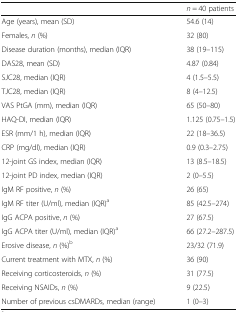
|  | n = 40 patients |
 | --- | --- |
 | Age (years), mean (SD) | 54.6 (14) |
 | Females, n (%) | 32 (80) |
 | Disease duration (months), median (IQR) | 38 (19–115) |
 | DAS28, mean (SD) | 4.87 (0.84) |
 | SJC28, median (IQR) | 4 (1.5–5.5) |
 | TJC28, median (IQR) | 8 (4–12.5) |
 | VAS PtGA (mm), median (IQR) | 65 (50–80) |
 | HAQ-DI, median (IQR) | 1.125 (0.75–1.5) |
 | ESR (mm/1 h), median (IQR) | 22 (18–36.5) |
 | CRP (mg/dl), median (IQR) | 0.9 (0.3–2.75) |
 | 12-joint GS index, median (IQR) | 13 (8.5–18.5) |
 | 12-joint PD index, median (IQR) | 2 (0–5.5) |
 | IgM RF positive, n (%) | 26 (65) |
 | IgM RF titer (U/ml), median (IQR)a | 85 (42.5–274) |
 | IgG ACPA positive, n (%) | 27 (67.5) |
 | IgG ACPA titer (U/ml), median (IQR)a | 66 (27.2–287.5) |
 | Erosive disease, n (%)b | 23/32 (71.9) |
 | Current treatment with MTX, n (%) | 36 (90) |
 | Receiving corticosteroids, n (%) | 31 (77.5) |
 | Receiving NSAIDs, n (%) | 9 (22.5) |
 | Number of previous csDMARDs, median (range) | 1 (0–3) |